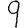
Digit: 9